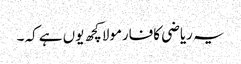
یہ ریاضی کافارمولاکچھ یوں ہے کہ ۔